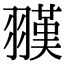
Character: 𦒅